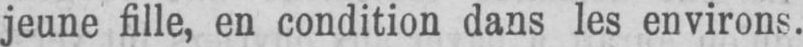
jeune fille, en condition dans les environs.